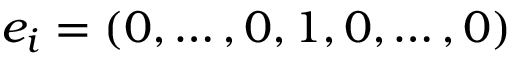
e _ { i } = ( 0 , \ldots , 0 , 1 , 0 , \ldots , 0 )